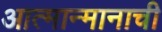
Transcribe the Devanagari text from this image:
आत्मान्मानाची